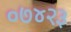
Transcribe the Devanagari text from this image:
०७४२३